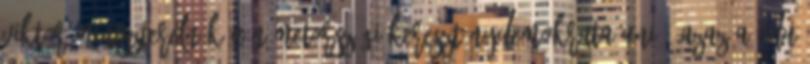
Viktor miniszterelnök a németországi Kereszténydemokrata Unió, azaz a CDU